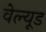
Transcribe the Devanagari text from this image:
वेल्यूड